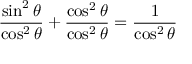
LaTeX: { \frac { \sin ^ { 2 } \theta } { \cos ^ { 2 } \theta } } + { \frac { \cos ^ { 2 } \theta } { \cos ^ { 2 } \theta } } = { \frac { 1 } { \cos ^ { 2 } \theta } }